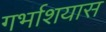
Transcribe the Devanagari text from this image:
गर्भाशयास